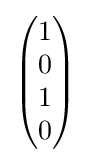
{\begin{pmatrix}1\\0\\1\\0\end{pmatrix}}